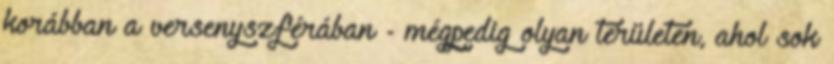
korábban a versenyszférában - mégpedig olyan területen, ahol sok